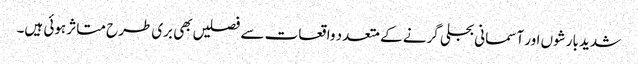
شدید بارشوں اور آسمانی بجلی گرنے کے متعدد واقعات سے فصلیں بھی بری طرح متاثر ہوئی ہیں۔